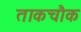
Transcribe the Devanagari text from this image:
ताकचौक